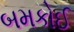
બમકોઈ